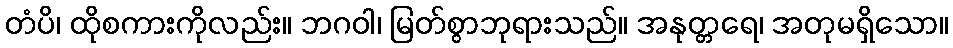
တံပိ၊ ထိုစကားကိုလည်း။ ဘဂဝါ၊ မြတ်စွာဘုရားသည်။ အနုတ္တရေ၊ အတုမရှိသော။